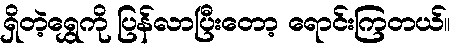
ရှိတဲ့ရွှေကို ပြန်လာပြီးတော့ ရောင်းကြတယ်။